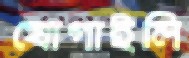
যোগাইলি